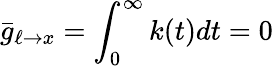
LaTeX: \bar{g}_{\ell\to x}=\int_{0}^{\infty}k(t)dt=0